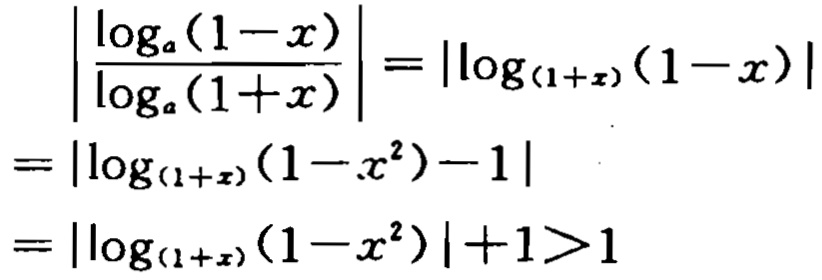
$\begin{align*}
&\left|\frac{\log_{a}(1 - x)}{\log_{a}(1 + x)}\right|=\left|\log_{(1 + x)}(1 - x)\right|\\
=&\left|\log_{(1 + x)}(1 - x^{2}) - 1\right|\\
=&\left|\log_{(1 + x)}(1 - x^{2})\right| + 1>1
\end{align*}$